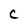
Character: c